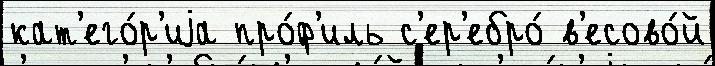
кат'его́р'иjа про́ф'иль с'ер'ебро́ в'есово́й